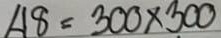
48 = 300 x 300